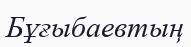
Бұғыбаевтың